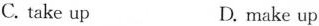
C. take up D. make up